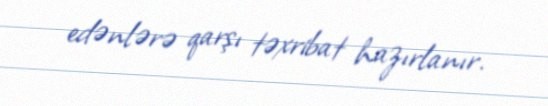
edənlərə qarşı təxribat hazırlanır.